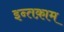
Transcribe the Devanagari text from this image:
इन्तक़ाम